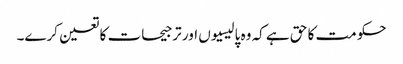
حکومت کا حق ہے کہ وہ پالیسیوں اور ترجیحات کا تعین کرے۔